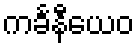
ကင်္ခနီယေဝ